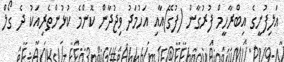
އަލިފުށީގެ އިބްރާހީމް ފުރުގާން (ފުގޭ)އާއި އަހުމަދު ވިޖުދާން ކޮންމެ ކުޅުންތެރިއަކު ދެ ގޯލް